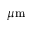
\mu \mathrm { m }